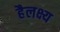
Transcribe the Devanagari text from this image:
हैलक्ष्य